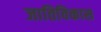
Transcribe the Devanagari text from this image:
जातिविकास